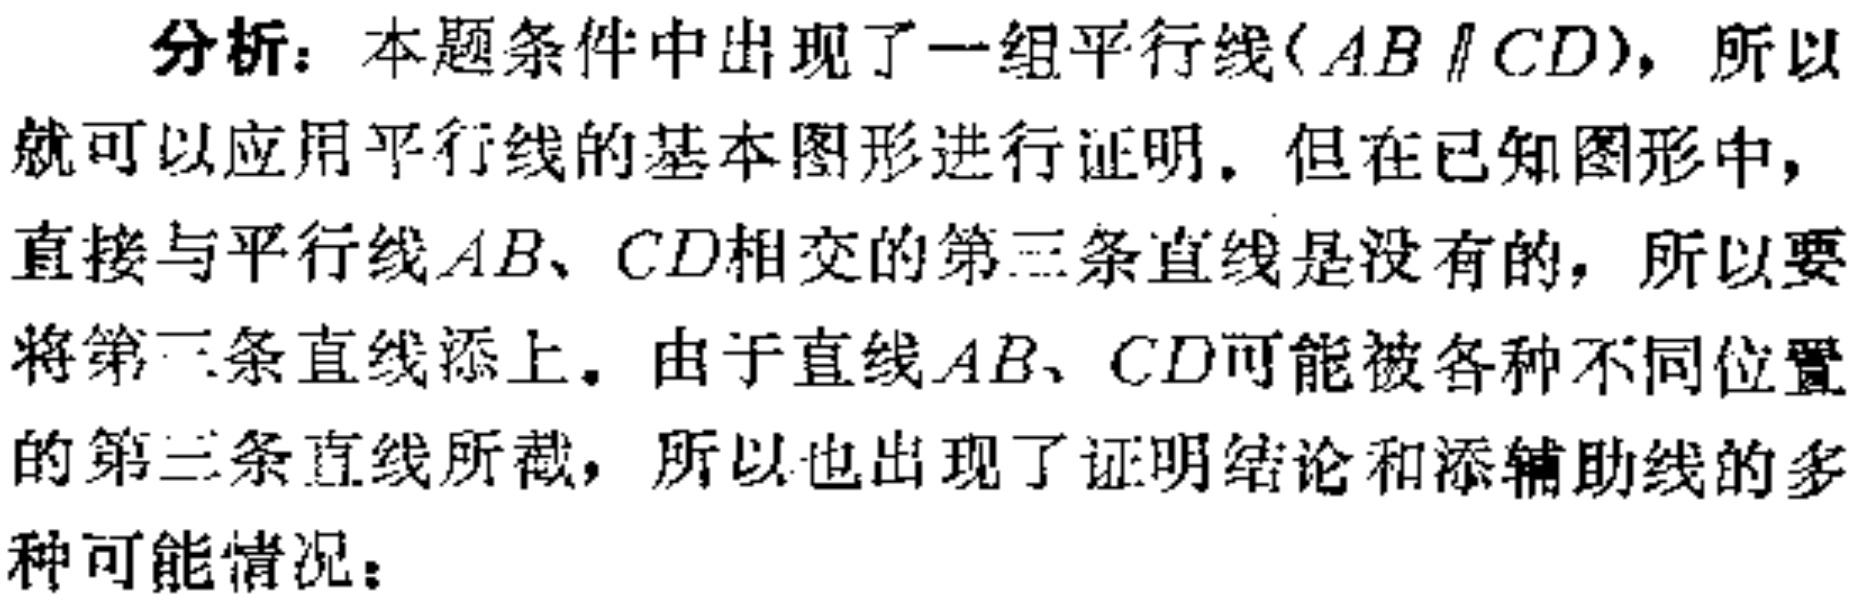
分析：本题条件中出现了一组平行线($AB\parallel CD$)，所以就可以应用平行线的基本图形进行证明。但在已知图形中，直接与平行线$AB$、$CD$相交的第三条直线是没有的，所以要将第三条直线添上。由于直线$AB$、$CD$可能被各种不同位置的第三条直线所截，所以也出现了证明结论和添辅助线的多种可能情况：